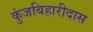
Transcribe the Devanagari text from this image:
कुंजबिहारीदास